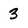
Character: 3